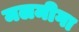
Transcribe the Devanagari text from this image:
मलमीगा